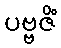
ပဗ္ဗဇိံ